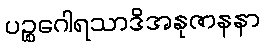
ပဉ္စဂေါရသာဒိအနုဇာနနာ